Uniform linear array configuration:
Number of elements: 12
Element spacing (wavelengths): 0.5
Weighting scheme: blackman
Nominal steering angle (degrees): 15
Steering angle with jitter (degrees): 16.23
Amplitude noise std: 0.05
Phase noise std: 0.05

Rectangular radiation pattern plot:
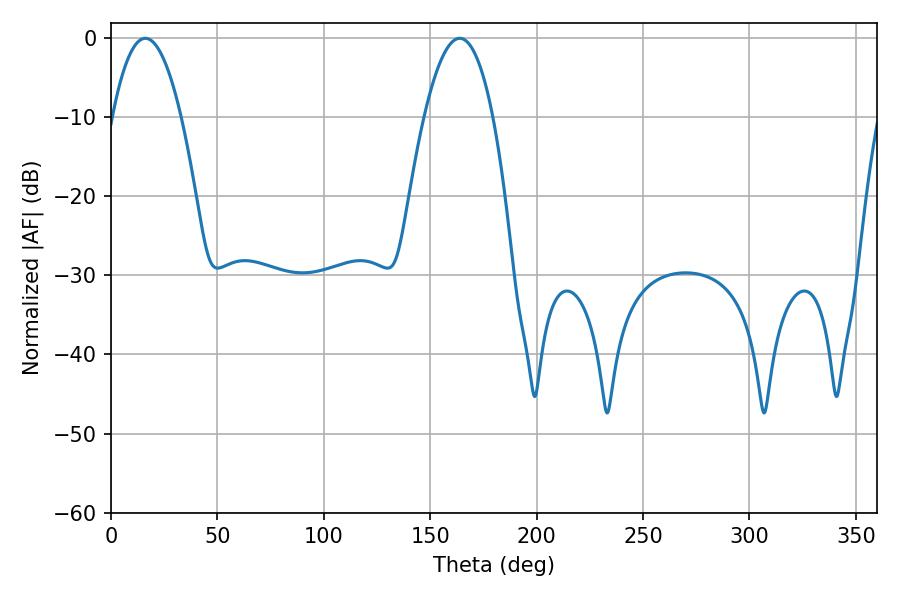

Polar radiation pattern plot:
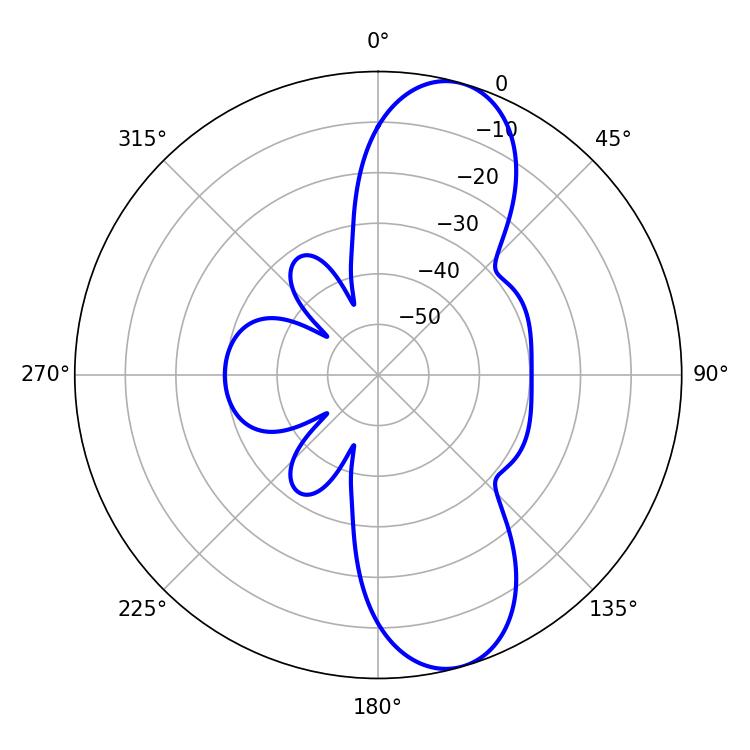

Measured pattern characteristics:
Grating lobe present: FALSE
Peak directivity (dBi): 10.253
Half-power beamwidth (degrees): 17.82
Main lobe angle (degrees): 16.2